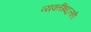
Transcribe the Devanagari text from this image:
व्यक्तींबद्दलही